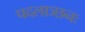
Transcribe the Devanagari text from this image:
पदलाञ्छनः